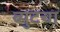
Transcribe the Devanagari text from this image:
ब्युटचा